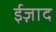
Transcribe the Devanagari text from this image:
ईज़ाद